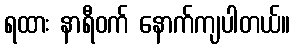
ရထား နာရီဝက် နောက်ကျပါတယ်။